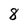
Character: 8